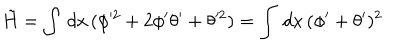
LaTeX: \tilde { H } = \int \, d x \, ( \phi ^ { 2 } + 2 \phi ^ { \prime } \theta ^ { \prime } + \theta ^ { 2 } ) = \int \, d x \, ( \phi ^ { \prime } + \theta ^ { \prime } ) ^ { 2 }